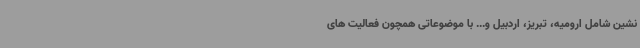
نشین شامل ارومیه، تبریز، اردبیل و... با موضوعاتی همچون فعالیت های